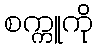
စက္ကူကို